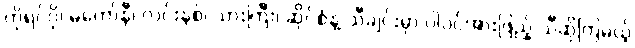
ကိုရင်ဂို၊ မကော်နီ၊ လင်းနစ်၊ သားကြီး၊ ဆိုင်စံနဲ့ သီချင်းမှာ ပါဝင်အားဖြည့် သီဆိုကြမယ့်